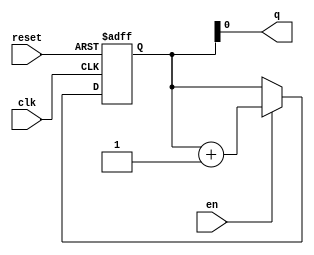
module counter_opt (input clk , input en, input reset , output q);
reg [3:0] count;
assign q = count[0];

always @(posedge clk ,posedge reset)
begin
	if(reset)
		count <= 4'b0000;
	else if(en)
		count <= count + 1;
end

endmodule